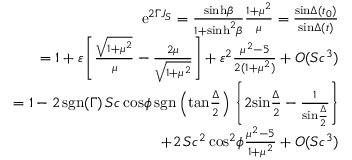
\begin{array} { r l r } & { } & { \mathrm { e } ^ { 2 \Gamma J _ { S } } = { \frac { \mathrm { s i n h } \beta } { 1 + \mathrm { s i n h } ^ { 2 } \beta } } { \frac { 1 + \mu ^ { 2 } } { \mu } } = { \frac { \mathrm { s i n } \Delta ( t _ { 0 } ) } { \mathrm { s i n } \Delta ( t ) } } } \\ & { } & { = 1 + \varepsilon \left[ { \frac { \sqrt { 1 + \mu ^ { 2 } } } { \mu } } - { \frac { 2 \mu } { \sqrt { 1 + \mu ^ { 2 } } } } \right] + \varepsilon ^ { 2 } { \frac { \mu ^ { 2 } - 5 } { 2 ( 1 + \mu ^ { 2 } ) } } + O ( S c ^ { 3 } ) } \\ & { } & { = 1 - 2 \, \mathrm { s g n } ( \Gamma ) \, S c \, \mathrm { c o s } \phi \, \mathrm { s g n } \left( \mathrm { t a n } { \frac { \Delta } { 2 } } \right) \, \left\{ 2 \mathrm { s i n } { \frac { \Delta } { 2 } } - { \frac { 1 } { \mathrm { s i n } { \frac { \Delta } { 2 } } } } \right\} } \\ & { } & { + 2 \, S c ^ { 2 } \, \mathrm { c o s } ^ { 2 } \phi { \frac { \mu ^ { 2 } - 5 } { 1 + \mu ^ { 2 } } } + O ( S c ^ { 3 } ) } \end{array}